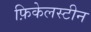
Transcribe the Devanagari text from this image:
फ़िकेलस्टीन